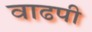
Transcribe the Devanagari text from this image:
वाढपी